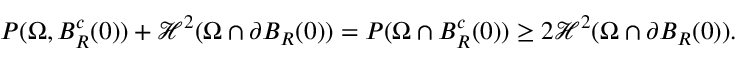
\begin{array} { r } { P ( \Omega , B _ { R } ^ { c } ( 0 ) ) + \mathcal H ^ { 2 } ( \Omega \cap \partial B _ { R } ( 0 ) ) = P ( \Omega \cap B _ { R } ^ { c } ( 0 ) ) \geq 2 \mathcal H ^ { 2 } ( \Omega \cap \partial B _ { R } ( 0 ) ) . } \end{array}